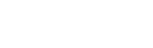
ဂေါဏကတ္ထတေ